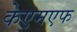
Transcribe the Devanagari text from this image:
केएमएफ